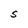
Character: S